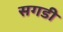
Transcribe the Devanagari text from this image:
सगडी